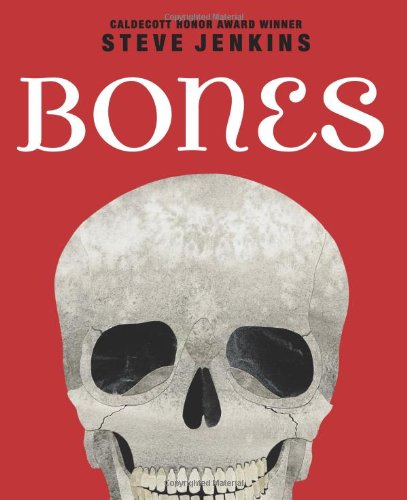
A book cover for Bones: Skeletons and How They Work; Steve Jenkins; Children's Books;